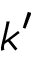
k ^ { \prime }